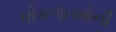
વોકળાઓની